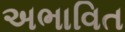
અભાવિત